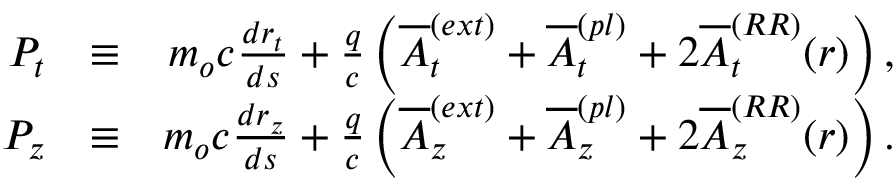
\begin{array} { r l r } { P _ { t } } & { \equiv } & { m _ { o } c \frac { d r _ { t } } { d s } + \frac { q } { c } \left( \overline { { A } } _ { t } ^ { ( e x t ) } + \overline { { A } } _ { t } ^ { ( p l ) } + 2 \overline { { A } } _ { t } ^ { ( R R ) } ( r ) \right) , } \\ { P _ { z } } & { \equiv } & { m _ { o } c \frac { d r _ { z } } { d s } + \frac { q } { c } \left( \overline { { A } } _ { z } ^ { ( e x t ) } + \overline { { A } } _ { z } ^ { ( p l ) } + 2 \overline { { A } } _ { z } ^ { ( R R ) } ( r ) \right) . } \end{array}